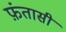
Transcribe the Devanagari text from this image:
फ़ंतासी